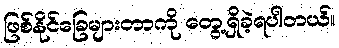
ဖြစ်နိုင်ခြေများတာကို တွေ့ရှိခဲ့ရပါတယ်။